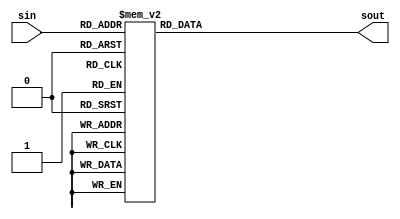
`timescale 1ns / 1ps
//////////////////////////////////////////////////////////////////////////////////
// Company: 
// Engineer: 
// 
// Design Name: 
// Module Name: Sbox2
// Project Name: 
// Target Devices: 
// Tool Versions: 
// Description: 
// 
// Dependencies: 
// 
// Revision:
// Revision 0.01 - File Created
// Additional Comments:
// 
//////////////////////////////////////////////////////////////////////////////////


module Sbox2(
input [0:5] sin,
    output reg [0:3] sout
    );
    
    always@*
    begin
       case (sin)
          6'b000000: sout = 15;
          6'b000001: sout = 3;
          6'b000010: sout = 1;
          6'b000011: sout = 13;
          6'b000100: sout = 8;
          6'b000101: sout = 4;
          6'b000110: sout = 14;
          6'b000111: sout = 7;
          6'b001000: sout = 6;
          6'b001001: sout = 15;
          6'b001010: sout = 11;
          6'b001011: sout = 2;
          6'b001100: sout = 3;
          6'b001101: sout = 8;
          6'b001110: sout = 4;
          6'b001111: sout = 14;
          6'b010000: sout = 9;
          6'b010001: sout = 12;
          6'b010010: sout = 7;
          6'b010011: sout = 0;
          6'b010100: sout = 2;
          6'b010101: sout = 1;
          6'b010110: sout = 13;
          6'b010111: sout = 10;
          6'b011000: sout = 12;
          6'b011001: sout = 6;
          6'b011010: sout = 0;
          6'b011011: sout = 9;
          6'b011100: sout = 5;
          6'b011101: sout = 11;
          6'b011110: sout = 10;
          6'b011111: sout = 5;
          6'b100000: sout = 0;
          6'b100001: sout = 13;
          6'b100010: sout = 14;
          6'b100011: sout = 8;
          6'b100100: sout = 7;
          6'b100101: sout = 10;
          6'b100110: sout = 11;
          6'b100111: sout = 1;
          6'b101000: sout = 10;
          6'b101001: sout = 3;
          6'b101010: sout = 4;
          6'b101011: sout = 15;
          6'b101100: sout = 13;
          6'b101101: sout = 4;
          6'b101110: sout = 1;
          6'b101111: sout = 2;
          6'b110000: sout = 5;
          6'b110001: sout = 11;
          6'b110010: sout = 8;
          6'b110011: sout = 6;
          6'b110100: sout = 12;
          6'b110101: sout = 7;
          6'b110110: sout = 6;
          6'b110111: sout = 12;
          6'b111000: sout = 9;
          6'b111001: sout = 0;
          6'b111010: sout = 3;
          6'b111011: sout = 5;
          6'b111100: sout = 2;
          6'b111101: sout = 14;
          6'b111110: sout = 15;
          6'b111111: sout = 9;
       endcase    
    end
endmodule